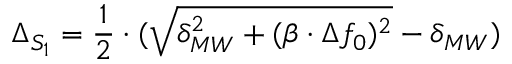
\Delta _ { S _ { 1 } } = \frac { 1 } { 2 } \cdot ( \sqrt { \delta _ { M W } ^ { 2 } + ( \beta \cdot \Delta f _ { 0 } ) ^ { 2 } } - \delta _ { M W } )